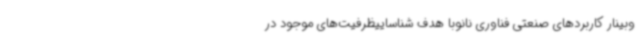
وبینار کاربردهای صنعتی فناوری نانوبا هدف شناساییظرفیت‌های موجود در